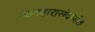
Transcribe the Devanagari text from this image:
व्यवहारासंदर्भात